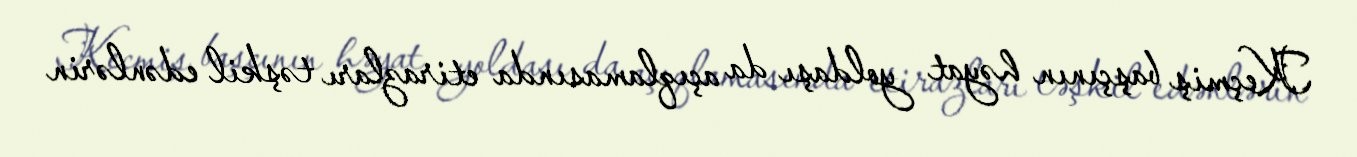
Keçmiş başçının həyat yoldaşı da açıqlamasında etirazları təşkil edənlərin